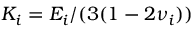
K _ { i } = E _ { i } / ( 3 ( 1 - 2 \nu _ { i } ) )